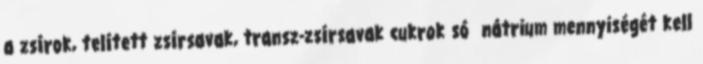
a zsírok, telített zsírsavak, transz-zsírsavak cukrok só nátrium mennyiségét kell